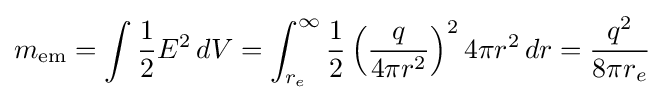
m_{\mathrm {em} }=\int {1 \over 2}E^{2}\,dV=\int _{r_{e}}^{\infty }{\frac {1}{2}}\left({q \over 4\pi r^{2}}\right)^{2}4\pi r^{2}\,dr={q^{2} \over 8\pi r_{e}}